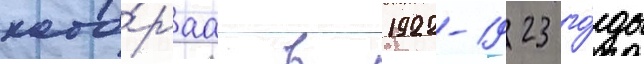
кото́раа в 1922-1923 го́ды